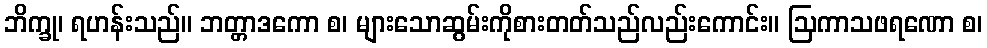
ဘိက္ခု၊ ရဟန်းသည်။ ဘတ္တာဒကော စ၊ များသောဆွမ်းကိုစားတတ်သည်လည်းကောင်း။ ဩကာသဖရဏော စ၊